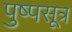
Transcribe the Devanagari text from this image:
पुष्पसूत्र